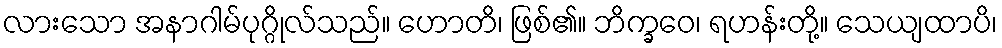
လားသော အနာဂါမ်ပုဂ္ဂိုလ်သည်။ ဟောတိ၊ ဖြစ်၏။ ဘိက္ခဝေ၊ ရဟန်းတို့။ သေယျထာပိ၊